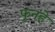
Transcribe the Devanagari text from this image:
फुनहे